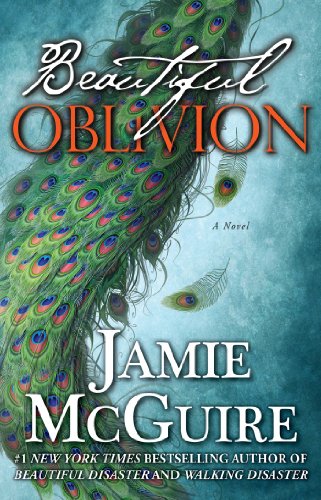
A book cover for Beautiful Oblivion: A Novel (The Maddox Brothers Series); Jamie McGuire; Romance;